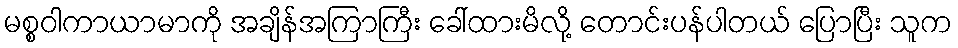
မစ္စဝါကာယာမာကို အချိန်အကြာကြီး ခေါ်ထားမိလို့ တောင်းပန်ပါတယ် ပြောပြီး သူက